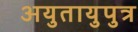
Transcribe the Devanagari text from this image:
अयुतायुपुत्र